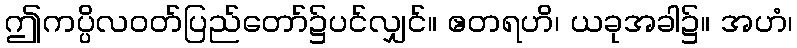
ဤကပ္ပိလဝတ်ပြည်တော်၌ပင်လျှင်။ ဧတရဟိ၊ ယခုအခါ၌။ အဟံ၊